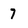
Character: 7